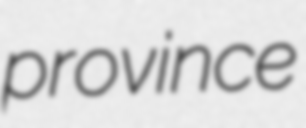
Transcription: province